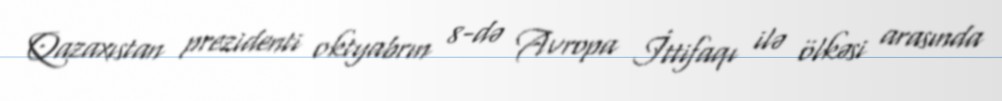
Qazaxıstan prezidenti oktyabrın 8-də Avropa İttifaqı ilə ölkəsi arasında